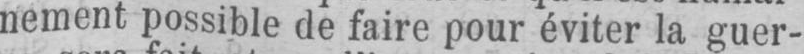
nement possible de faire pour éviter la guer-